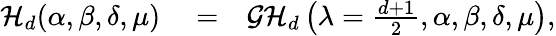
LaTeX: \begin{array}{rlr}{\mathcal{H}_{d}(\alpha,\beta,\delta,\mu)}&{{}=}&{\mathcal{GH}_{d}\left(\lambda=\frac{d+1}{2},\alpha,\beta,\delta,\mu\right),}\end{array}